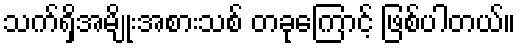
သက်ရှိအမျိုးအစားသစ် တခုကြောင့် ဖြစ်ပါတယ်။